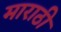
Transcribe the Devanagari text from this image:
माराठी